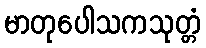
မာတုပေါသကသုတ္တံ